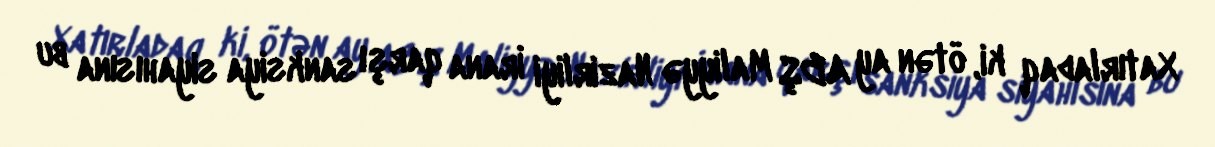
Xatırladaq ki, ötən ay ABŞ Maliyyə Nazirliyi İrana qarşı sanksiya siyahısına bu